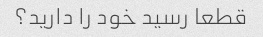
قطعا رسید خود را دارید؟